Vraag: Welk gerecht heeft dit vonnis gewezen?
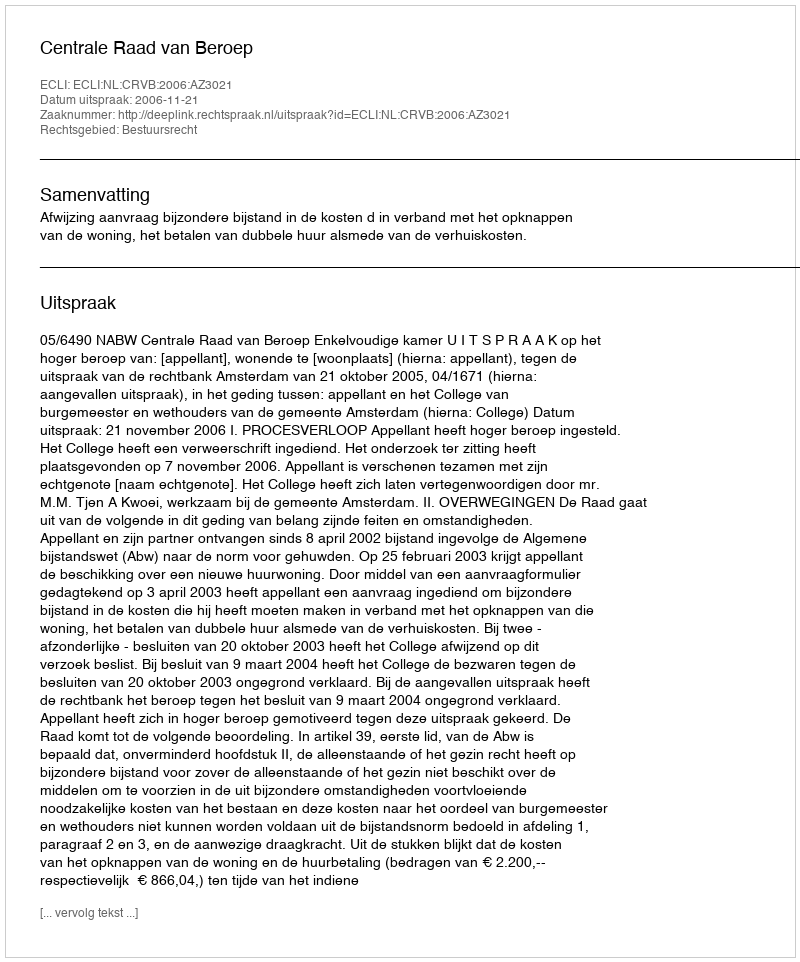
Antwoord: Centrale Raad van Beroep